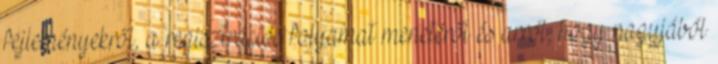
fejleményekről, a regisztrációs folyamat menetéről és arról, hogy nagyjából